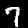
Digit: 7